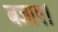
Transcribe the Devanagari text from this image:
बजाए।